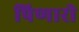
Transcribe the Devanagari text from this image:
पिणारी